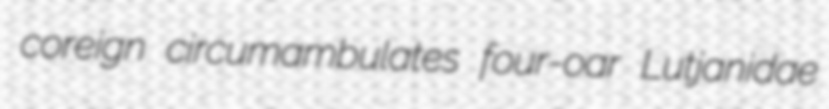
coreign circumambulates four-oar Lutjanidae